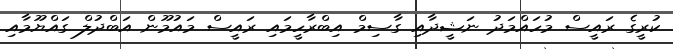
ކުރީގެ ރައީސް މުހައްމަދު ނަޝީދާއި ގާސިމް އިބްރާހީމައި ރައީސް މައުމޫން އަބްދުލް ގައްޔޫމާއި